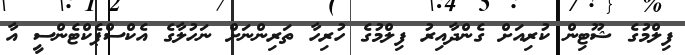
ފިލްމުގެ ޝޫޓިން ކުރިއަށް ގެންދާއިރު ފިލްމުގެ ހުރިހާ ތަރިންނަށް ނަހުލާގެ އެކްސްޕެކްޓެންސީ އާ